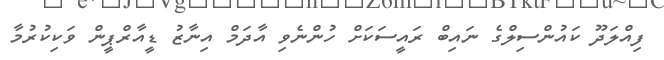
ފިއްލަދޫ ކައުންސިލްގެ ނައިބް ރައީސަކަށް ހުންނެވި އާދަމް އިނާޒު ޑީއާރްޕީން ވަކިކުރުމާ